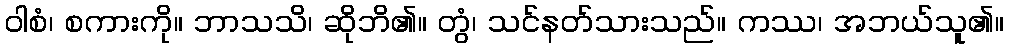
ဝါစံ၊ စကားကို။ ဘာသသိ၊ ဆိုဘိ၏။ တွံ၊ သင်နတ်သားသည်။ ကဿ၊ အဘယ်သူ၏။